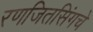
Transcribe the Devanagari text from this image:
रणजितसिंगचे